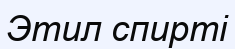
Этил спирті